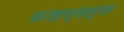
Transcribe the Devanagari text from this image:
फाइन्डर्स